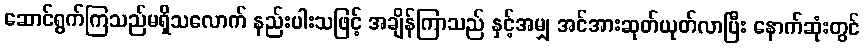
ဆောင်ရွက်ကြသည်မရှိသလောက် နည်းပါးသဖြင့် အချိန်ကြာသည် နှင့်အမျှ အင်အားဆုတ်ယုတ်လာပြီး နောက်ဆုံးတွင်